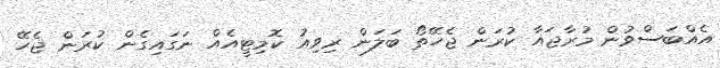
އެއްބަސްވުން މުރާޖައާ ކުރަން ޖެހޭތޯ ބަލަން ރިވިއު ކޮމިޓީއެއް ނަގައިގެން ކުރަން ޖެހޭ